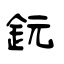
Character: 鈨